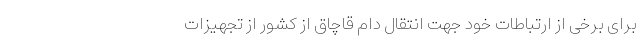
برای برخی از ارتباطات خود جهت انتقال دام قاچاق از کشور از تجهیزات